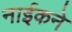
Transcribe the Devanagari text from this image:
नाईकने